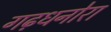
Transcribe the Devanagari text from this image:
गढ़धनोरा